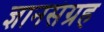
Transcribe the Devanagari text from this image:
ज्ञानसंग्रह